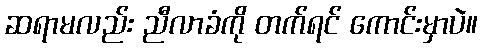
ဆရာမလည်း ညီလာခံကို တက်ရင် ကောင်းမှာပဲ။